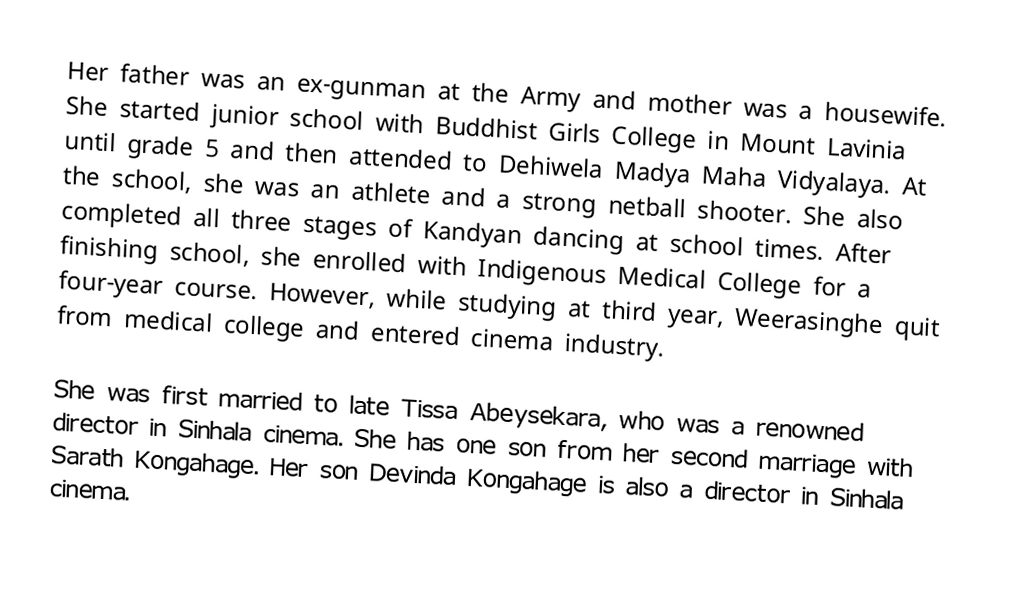
Her father was an ex-gunman at the Army and mother was a housewife. She started junior school with Buddhist Girls College in Mount Lavinia until grade 5 and then attended to Dehiwela Madya Maha Vidyalaya. At the school, she was an athlete and a strong netball shooter. She also completed all three stages of Kandyan dancing at school times. After finishing school, she enrolled with Indigenous Medical College for a four-year course. However, while studying at third year, Weerasinghe quit from medical college and entered cinema industry.

She was first married to late Tissa Abeysekara, who was a renowned director in Sinhala cinema. She has one son from her second marriage with Sarath Kongahage. Her son Devinda Kongahage is also a director in Sinhala cinema.